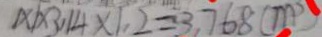
1 \times 1 \times 3 . 1 4 \times 1 . 2 = 3 . 7 6 8 ( m ^ { 3 } )